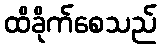
ထိခိုက်စေသည်